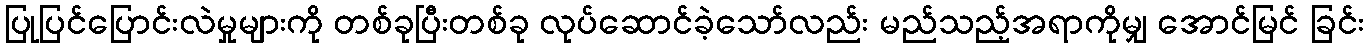
ပြုပြင်ပြောင်းလဲမှုများကို တစ်ခုပြီးတစ်ခု လုပ်ဆောင်ခဲ့သော်လည်း မည်သည့်အရာကိုမျှ အောင်မြင် ခြင်း